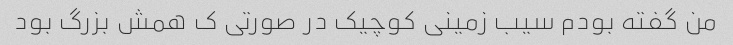
من گفته بودم سیب زمینی کوچیک در صورتی ک همش بزرگ بود